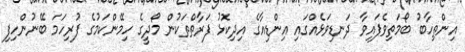
އިންތިހާބު ބޯމަތިވެފައިވާ ދަނޑިވަޅެއްގައި އިންޑިއާގެ އިދިކޮޅު ފަރާތްތަކުން މޯދީގެ ހިމޭންކަމުގެ ފުރިހަމަ ބޭނުންހިފި